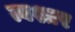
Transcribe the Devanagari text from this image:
त्वश्तर